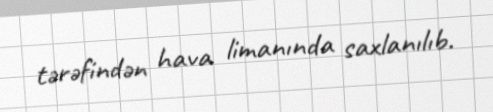
tərəfindən hava limanında saxlanılıb.